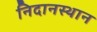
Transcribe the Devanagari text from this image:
निदानस्थान